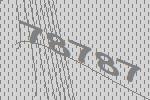
78787